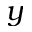
y